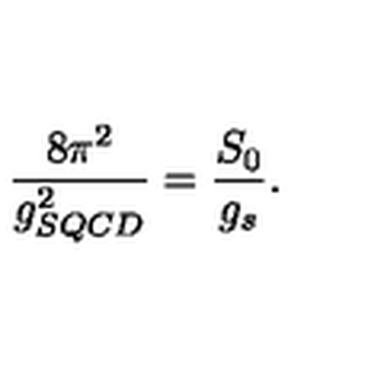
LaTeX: \frac { 8 \pi ^ { 2 } } { g _ { S Q C D } ^ { 2 } } = \frac { S _ { 0 } } { g _ { s } } .